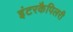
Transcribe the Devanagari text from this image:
इंटरकैपिलरी